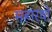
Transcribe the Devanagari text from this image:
महारथो